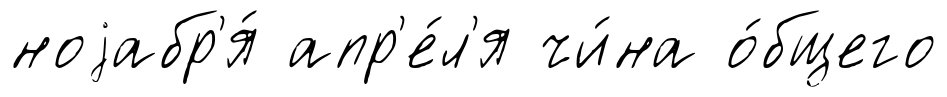
ноjабр'я́ апр'е́л'я чи́на о́бщего